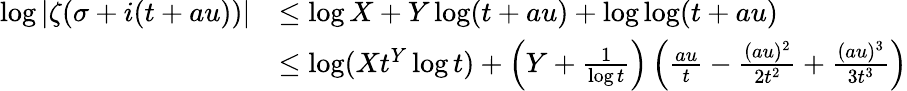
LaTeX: \begin{array}{rl}{\log|\zeta(\sigma+i(t+au))|}&{\le\log X+Y\log(t+au)+\log\log(t+au)}\\ &{\le\log(Xt^{Y}\log t)+\left(Y+\frac{1}{\log t}\right)\left(\frac{au}{t}-\frac{(au)^{2}}{2t^{2}}+\frac{(au)^{3}}{3t^{3}}\right)}\end{array}